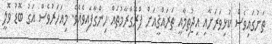
ތަނުގައިވެސް ކުޅިވަރަށާއި އިޖުތިމާއީ ތަރައްޤީއަށް ޕްރޮގްރާމުތައް ހިންގާފައިވެއެވެ. މިއަހަރުވެސް އަގު ބޮޑު ވޮލީ